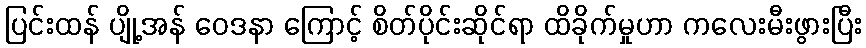
ပြင်းထန် ပျို့အန် ဝေဒနာ ကြောင့် စိတ်ပိုင်းဆိုင်ရာ ထိခိုက်မှုဟာ ကလေးမီးဖွားပြီး